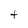
Character: t